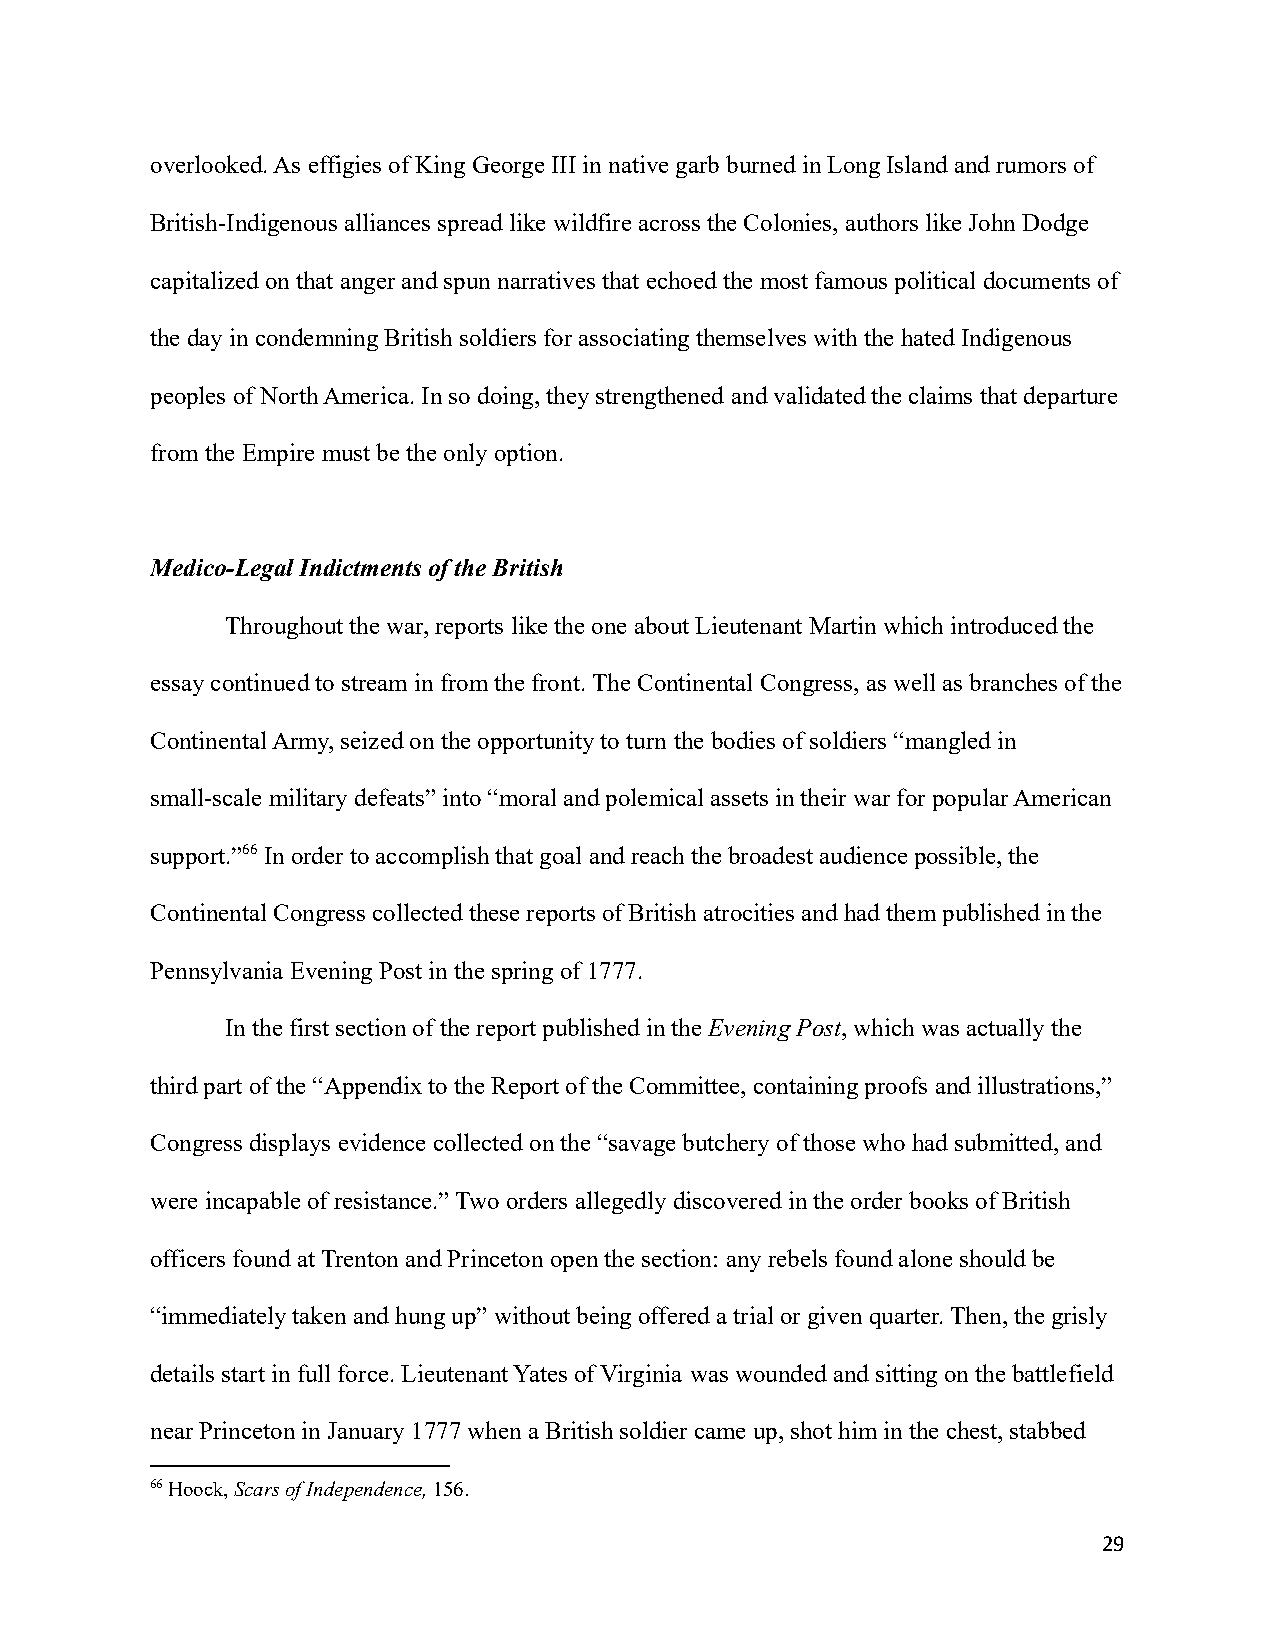
overlooked. As effigies of King George III in native garb burned in Long Island and rumors of
 British-Indigenous alliances spread like wildfireacross the Colonies, authors like John Dodge
 capitalized on that anger and spun narratives that echoed the most famous political documents of
 the day in condemning British soldiers for associatingthemselves with the hated Indigenous
 peoples of North America. In so doing, they strengthened and validated the claims that departure
 from the Empire must be the only option.
 Medico-Legal Indictments of the British
 Throughout the war, reports like the one about LieutenantMartin which introduced the
 essay continued to stream in from the front. The Continental Congress, as well as branches of the
 Continental Army, seized on the opportunity to turn the bodies of soldiers “mangled in
 small-scale military defeats” into “moral and polemicalassets in their war for popular American
 support.”66In order to accomplish that goal and reachthe broadest audience possible, the
 Continental Congress collected these reports of Britishatrocities and had them published in the
 Pennsylvania Evening Post in the spring of 1777.
 In the first section of the report published in theEvening Post, which was actually the
 third part of the “Appendix to the Report of the Committee,containing proofs and illustrations,”
 Congress displays evidence collected on the “savagebutchery of those who had submitted, and
 were incapable of resistance.” Two orders allegedly discovered in the order books of British
 officers found at Trenton and Princeton open the section: any rebels found alone should be
 “immediately taken and hung up” without being offereda trial or given quarter. Then, the grisly
 details start in full force. Lieutenant Yates of Virginia was wounded and sitting on the battlefield
 near Princeton in January 1777 when a British soldiercame up, shot him in the chest, stabbed
 66Hoock,Scars of Independence,156.
 29